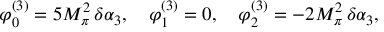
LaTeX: \varphi _ { 0 } ^ { ( 3 ) } = 5 M _ { \pi } ^ { 2 } \, \delta \alpha _ { 3 } , ~ ~ ~ \varphi _ { 1 } ^ { ( 3 ) } = 0 , ~ ~ ~ \varphi _ { 2 } ^ { ( 3 ) } = - 2 M _ { \pi } ^ { 2 } \, \delta \alpha _ { 3 } ,